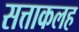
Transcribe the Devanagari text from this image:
सत्ताकलह